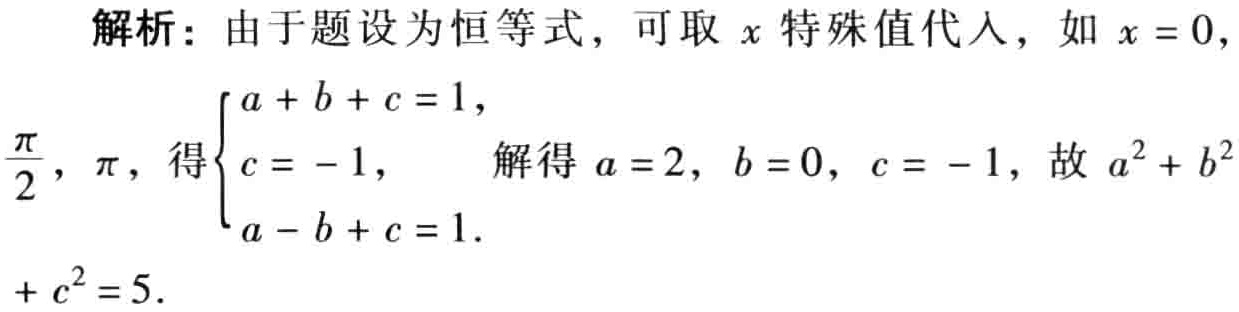
解析：由于题设为恒等式，可取 \(x\) 特殊值代入，如 \(x = 0\)，\(\frac{\pi}{2}\)，\(\pi\)，得\(\begin{cases}a + b + c = 1,\\c = - 1,\\a - b + c = 1.\end{cases}\) 解得 \(a = 2\)，\(b = 0\)，\(c = - 1\)，故 \(a^{2} + b^{2}+ c^{2} = 5\).